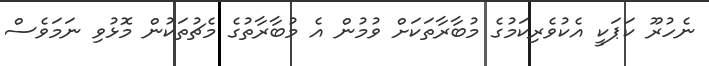
ނެހުރޫ ކަޕަކީ އެކުވެރިކަމުގެ މުބާރާތަކަށް ވުމުން އެ މުބާރާތުގެ މެޗުތަކުން މޮޅުވި ނަމަވެސް